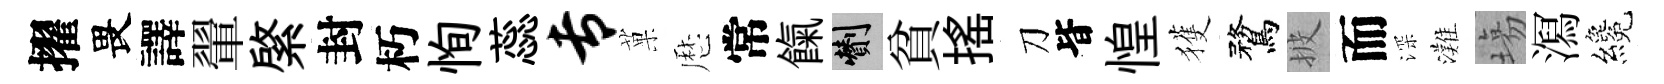
擢畏譯翬綮封朽恂蕊专菓厯常餼剪貧揺刀𣅜惶獲鶩披而深灘塲㵼纔